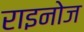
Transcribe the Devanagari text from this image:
राइनोज